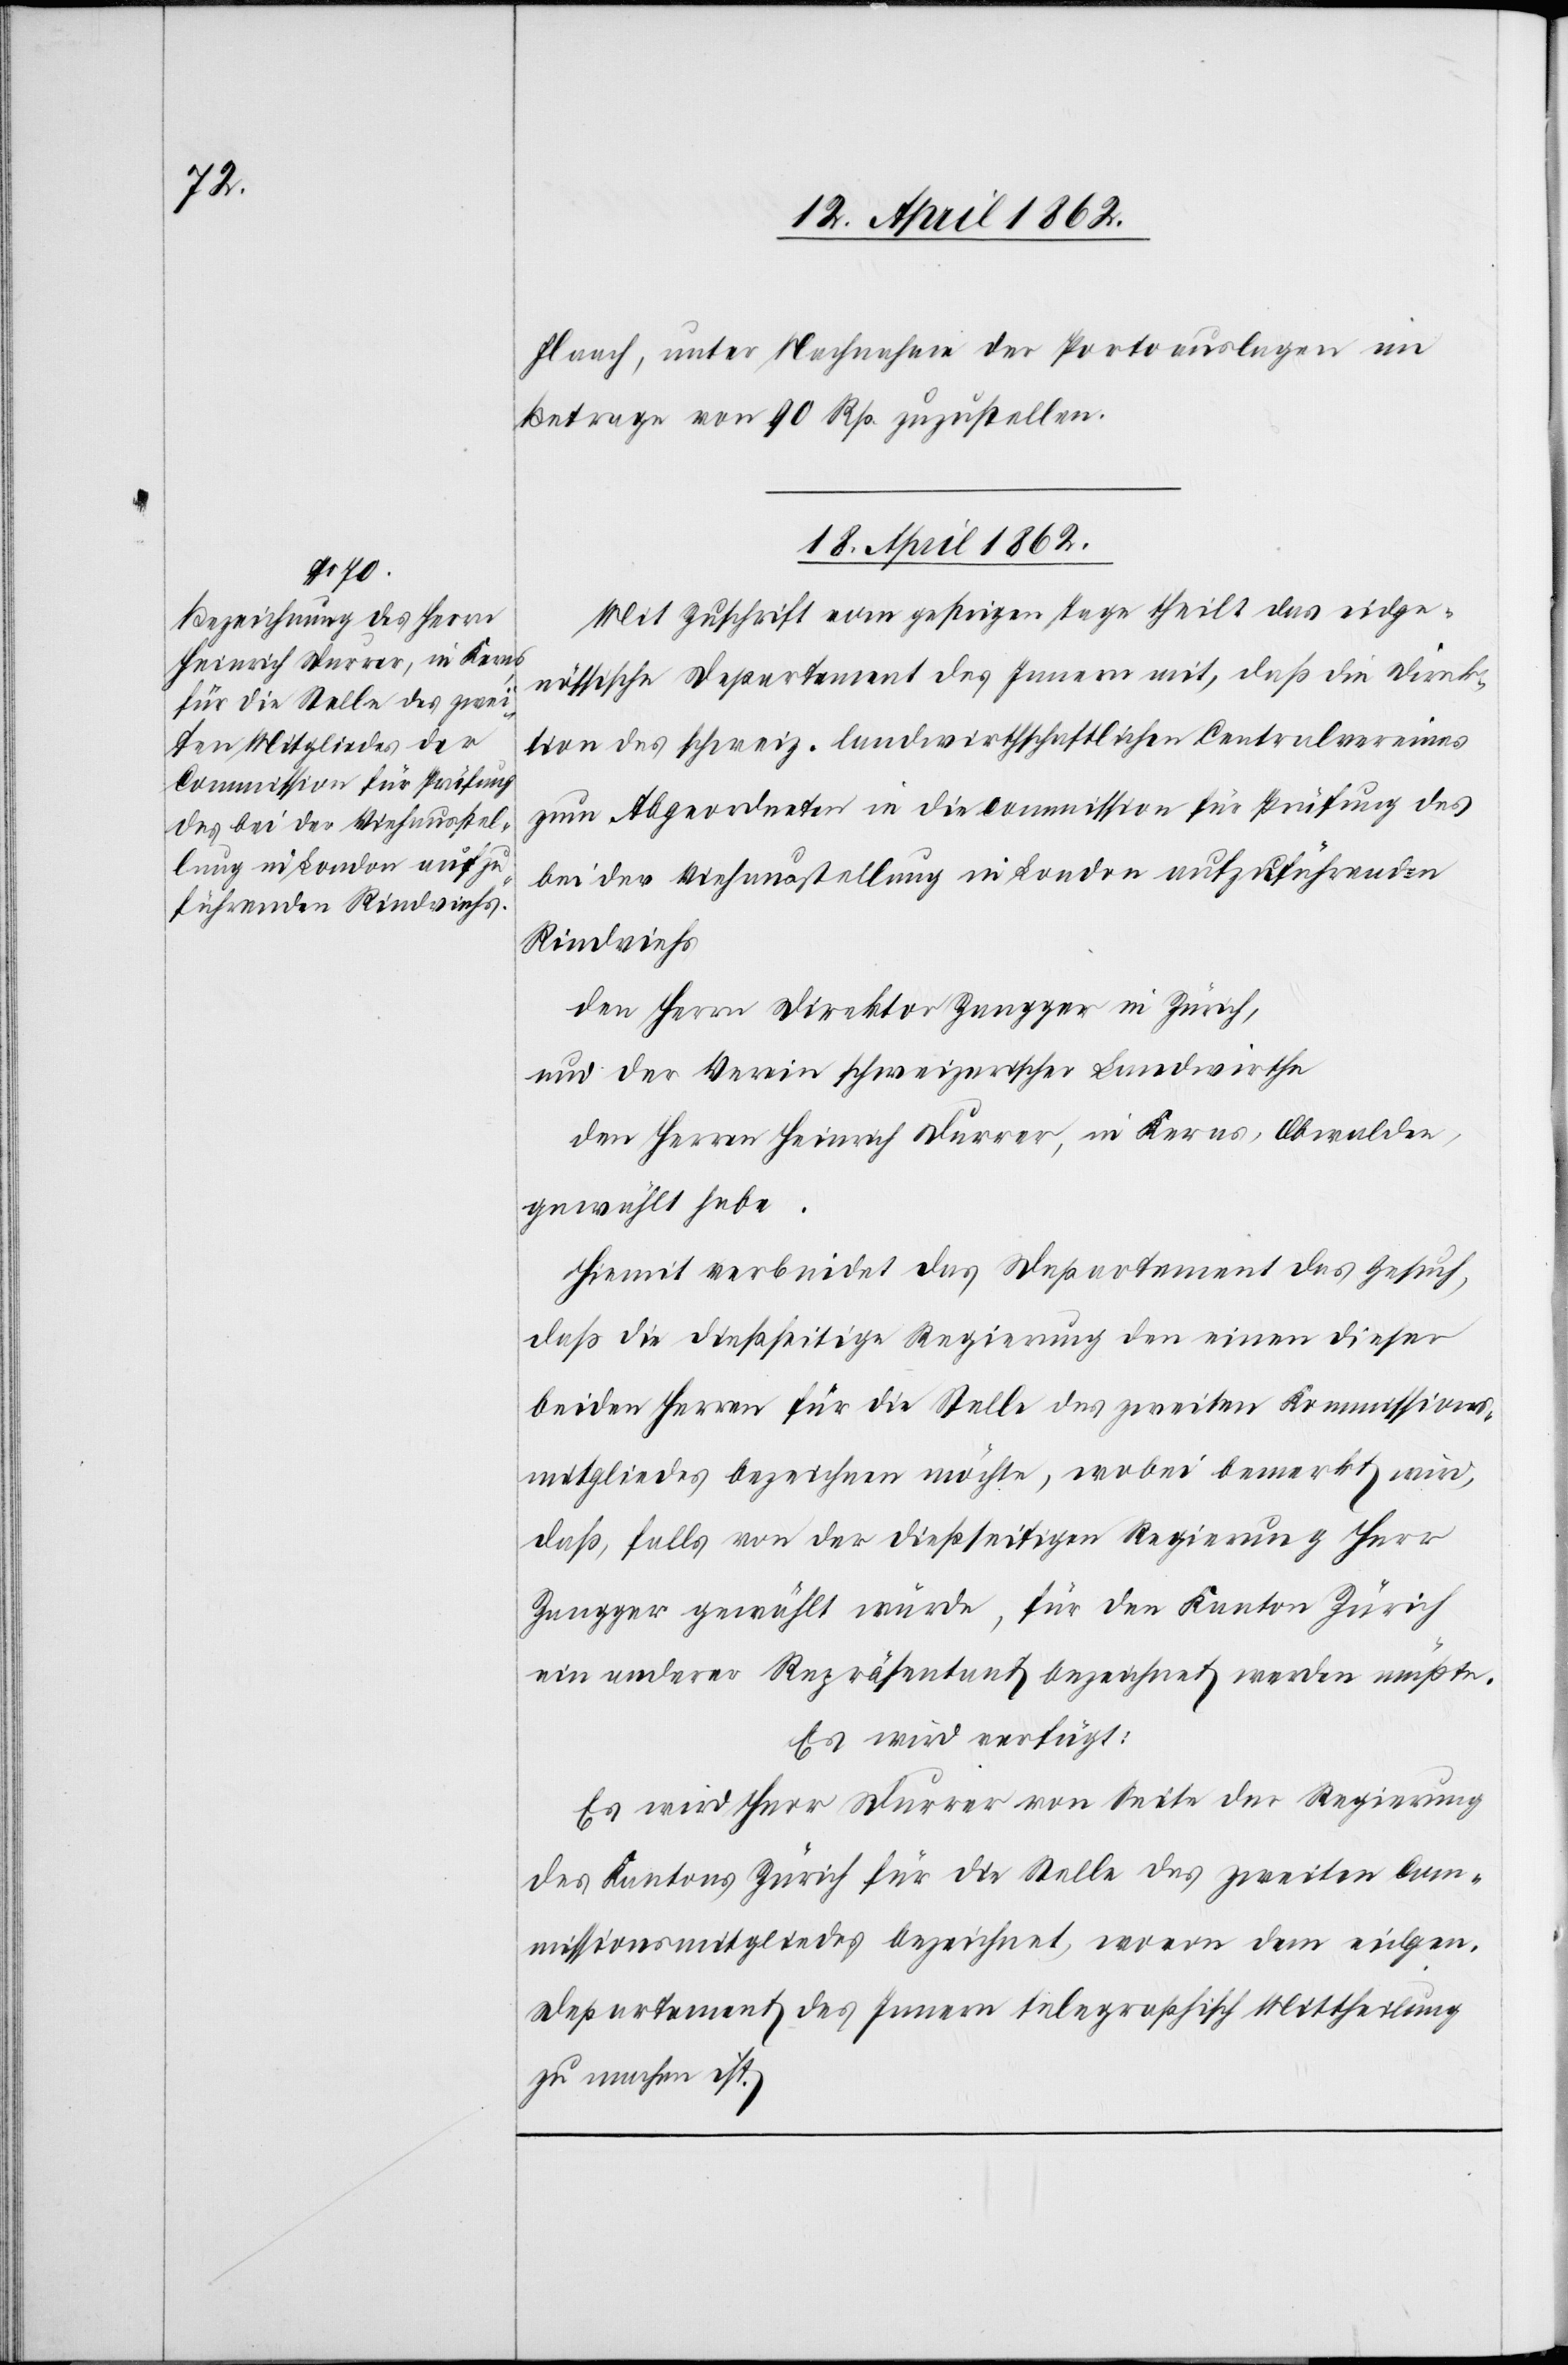
Flaach, unter Nachnahme der Portoauslagen im
Betrage von 90 Rp. zuzustellen.
18. April 1862.
Mit Zuschrift vom gestrigen Tage theilt das eidge¬
nössische Departement des Innern mit, daß die Direk¬
tion des schweiz. landwirthschaftlichen Centralvereines
zum Abgeordneten in die Commission für Prüfung des
bei der Viehausstellung in London aufzuführenden
Rindviehs
den Herr Direktor Zangger in Zürich,
und der Verein schweizerischer Landwirthe
den Herrn Heinrich Durrer, in Kerns, Obwalden,
gewählt habe.
Hiemit verbindet das Departement das Gesuch,
daß die dießseitige Regierung den einen dieser
beiden Herren für die Stelle des zweiten Kommissions¬
mitgliedes bezeichnen möchte, wobei bemerkt wird,
daß, falls von der dießseitigen Regierung Herr
Zangger gewählt würde, für den Kanton Zürich
ein anderer Repräsentant bezeichnet werden müßte.
Es wird verfügt:
Es wird Herr Durrer von Seite der Regierung
des Kantons Zürich für die Stelle des zweiten Com¬
missionsmitgliedes bezeichnet, wovon dem eidgen.
Departement des Innern telegraphisch Mittheilung
zu machen ist.